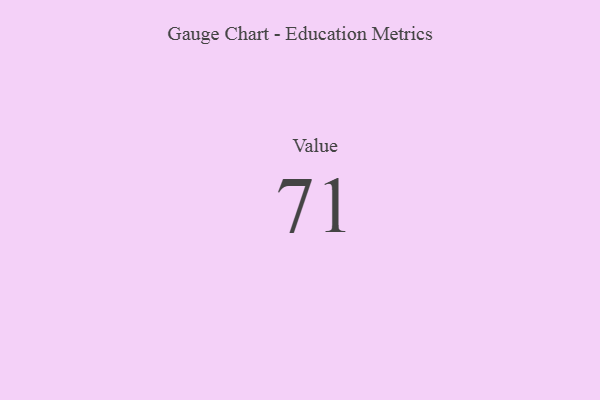
{"axis": {"x": "Metric", "y": "Value"}, "legend": [""], "data": [{"x": "Value", "y": 71, "type": ""}]}